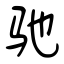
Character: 驰